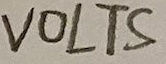
Text: VOLTS